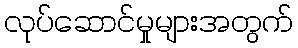
လုပ်ဆောင်မှုများအတွက်